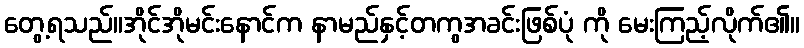
တွေ့ရသည်။အိုင်အိုမင်းနောင်က နာမည်နှင့်တကွအခင်းဖြစ်ပုံ ကို မေးကြည့်လိုက်၏။